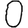
Digit: 0